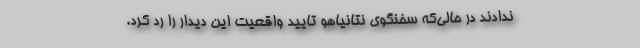
ندادند در حالی‌که سخنگوی نتانیاهو تایید واقعیت این دیدار را رد کرد.